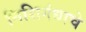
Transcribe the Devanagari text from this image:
निशिगंधाचे